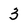
Character: 3